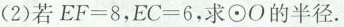
(2)若$$EF=8$$，$$EC=6$$，求⊙O的半径。